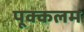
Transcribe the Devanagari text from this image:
पूक्कलम